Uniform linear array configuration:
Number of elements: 32
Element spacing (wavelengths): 1
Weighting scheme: binomial
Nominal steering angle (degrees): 15
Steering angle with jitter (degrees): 15.02
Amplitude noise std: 0.05
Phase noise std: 0.05

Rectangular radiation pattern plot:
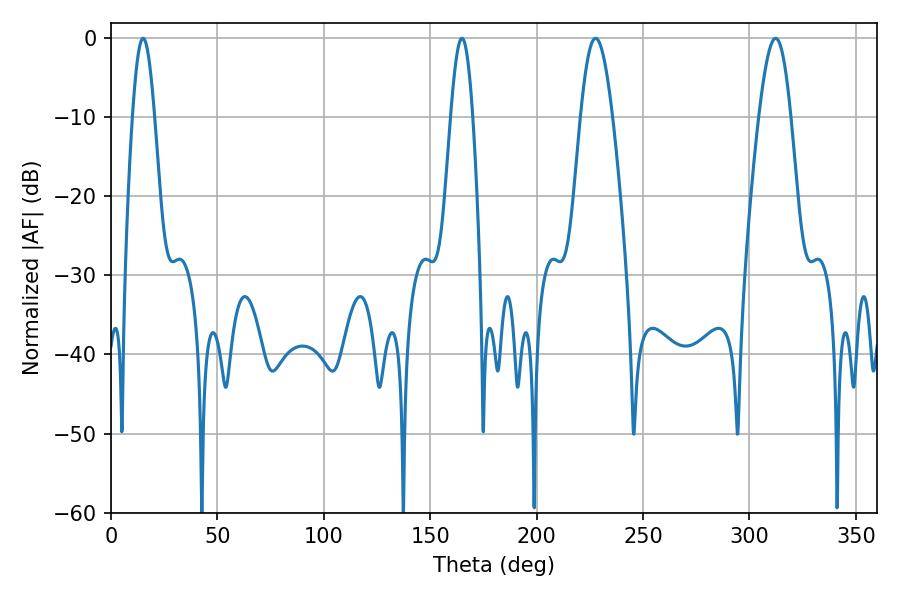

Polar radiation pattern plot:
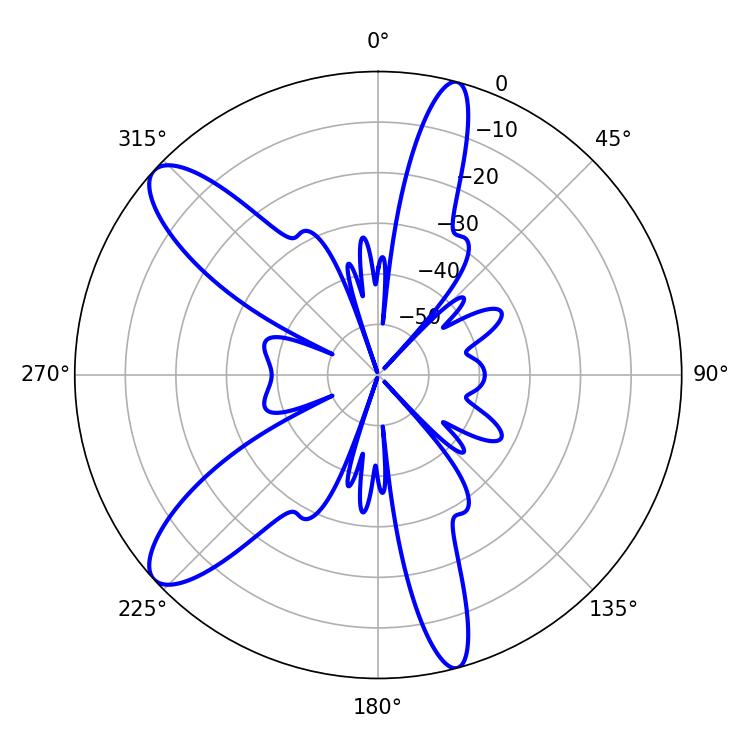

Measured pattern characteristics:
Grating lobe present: TRUE
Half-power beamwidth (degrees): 8.1
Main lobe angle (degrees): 227.7